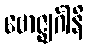
ဗောဇ္ဈင်္ဂါနိ